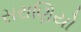
સરાણિયો